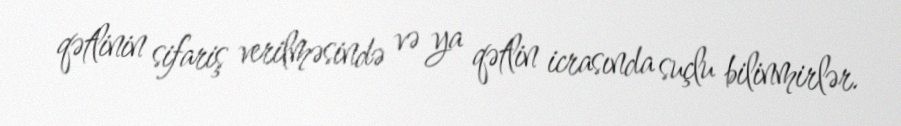
qətlinin sifariş verilməsində və ya qətlin icrasında suçlu bilinmirlər.